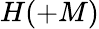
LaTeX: H(+M)